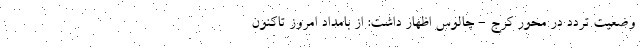
وضعیت تردد در محور کرج - چالوس اظهار داشت: از بامداد امروز تاکنون